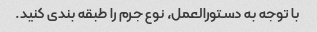
با توجه به دستورالعمل، نوع جرم را طبقه بندی کنید.